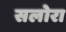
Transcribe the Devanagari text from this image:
सलोरा